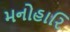
મનોહારિ